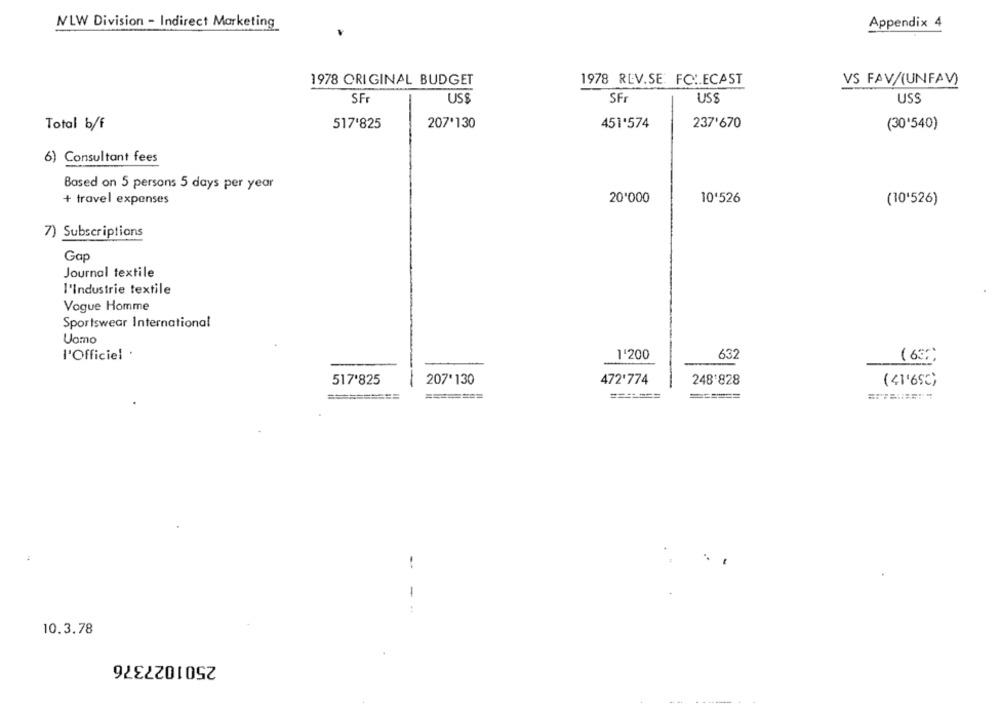
NLW Division - Indirect Marketing
Appendix 4
1978 ORIGINAL BUDGET
1978 REV.SE: FOIECAST
VS FAV/(UNFAV)
SF
US$
SFr
USE
USS
Total b/f
517'825
207'130
451'574
237'670
(30'540)
6) Consultant fees
Based on 5 persons 5 days per year
20'000
+ travel expenses
10'526
(10'526)
7) Subscriptions
Gap
Journal textile
l'Industrie textile
Vogue Homme
Sportswear International
Uomo
l'Officiel ·
632
1'200
(637;
517'825
207'130
472'774
248'828
( 41'65℃)
=========
========
=======
======
-
10.3.78
2501027376
4